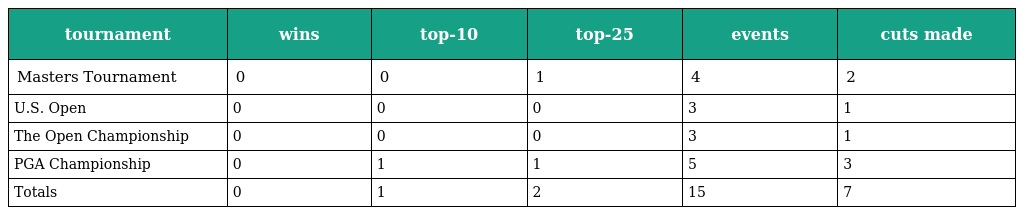
| tournament | wins | top-10 | top-25 | events | cuts made |
 | --- | --- | --- | --- | --- | --- |
 | Masters Tournament | 0 | 0 | 1 | 4 | 2 |
 | U.S. Open | 0 | 0 | 0 | 3 | 1 |
 | The Open Championship | 0 | 0 | 0 | 3 | 1 |
 | PGA Championship | 0 | 1 | 1 | 5 | 3 |
 | Totals | 0 | 1 | 2 | 15 | 7 |